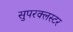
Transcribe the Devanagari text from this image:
सुपरक्‍लस्टर